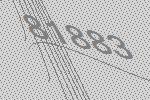
81883